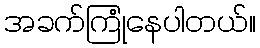
အခက်ကြုံနေပါတယ်။